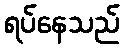
ရပ်နေသည်